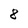
Character: 8